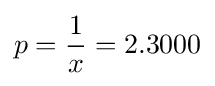
p={\frac {1}{x}}=2.3000